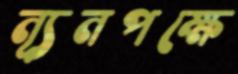
ন্যূনপক্ষে